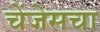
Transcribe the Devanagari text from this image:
चेंजेसचा